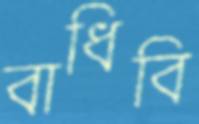
বাধিবি